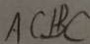
A C \bot B C